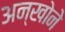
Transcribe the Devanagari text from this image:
अन्खोने